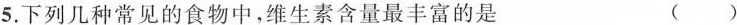
5.下列几种常见的食物中,维生素含量最丰富的是 ()